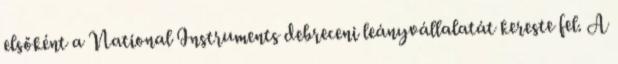
elsőként a National Instruments debreceni leányvállalatát kereste fel. A